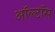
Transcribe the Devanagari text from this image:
ऑल्टॉस